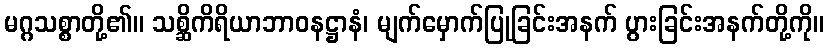
မဂ္ဂသစ္စာတို့၏။ သစ္ဆိကိရိယာဘာဝနဋ္ဌာနံ၊ မျက်မှောက်ပြုခြင်းအနက် ပွားခြင်းအနက်တို့ကို။